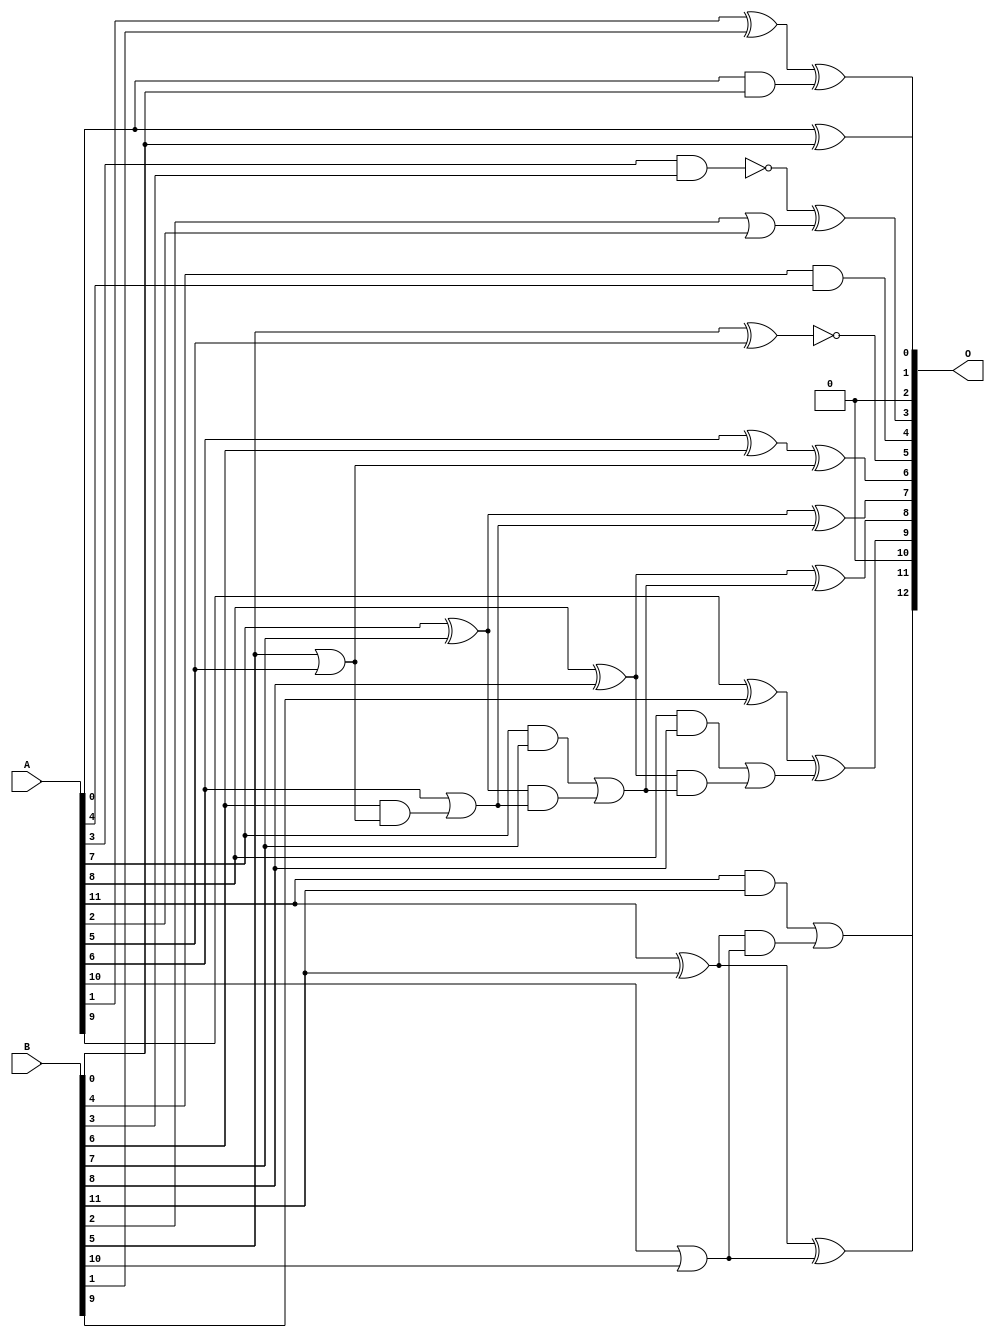
/***
* This code is a part of EvoApproxLib library (ehw.fit.vutbr.cz/approxlib) distributed under The MIT License.
* When used, please cite the following article(s):  
* This file contains a circuit from a sub-set of pareto optimal circuits with respect to the pwr and ep parameters
***/
// MAE% = 6.35 %
// MAE = 520 
// WCE% = 14.55 %
// WCE = 1192 
// WCRE% = 4000.00 %
// EP% = 89.56 %
// MRE% = 16.19 %
// MSE = 524173 
// PDK45_PWR = 0.033 mW
// PDK45_AREA = 92.5 um2
// PDK45_DELAY = 0.45 ns


module add12u_054(A, B, O);
  input [11:0] A, B;
  output [12:0] O;
  wire sig_25, sig_26, sig_35, sig_36, sig_50, sig_51;
  wire sig_53, sig_55, sig_56, sig_57, sig_58, sig_60;
  wire sig_61, sig_62, sig_63, sig_65, sig_66, sig_72;
  wire sig_75, sig_76, sig_77, sig_78;
  assign sig_25 = A[0] & B[0];
  assign sig_26 = A[1] ^ B[1];
  assign O[4] = B[4] & A[4];
  assign O[1] = sig_26 ^ sig_25;
  assign O[2] = 1'b0;
  assign sig_35 = B[2] | A[2];
  assign sig_36 = !(A[3] & B[3]);
  assign O[3] = sig_36 ^ sig_35;
  assign O[5] = !(B[5] ^ A[5]);
  assign sig_50 = B[5] | A[5];
  assign sig_51 = A[6] ^ B[6];
  assign sig_53 = B[6] & sig_50;
  assign O[6] = sig_51 ^ sig_50;
  assign sig_55 = A[6] | sig_53;
  assign sig_56 = A[7] ^ B[7];
  assign sig_57 = A[7] & B[7];
  assign sig_58 = sig_56 & sig_55;
  assign O[7] = sig_56 ^ sig_55;
  assign sig_60 = sig_57 | sig_58;
  assign sig_61 = A[8] ^ B[8];
  assign sig_62 = A[8] & B[8];
  assign sig_63 = sig_61 & sig_60;
  assign O[8] = sig_61 ^ sig_60;
  assign sig_65 = sig_62 | sig_63;
  assign sig_66 = A[9] ^ B[9];
  assign O[0] = A[0] ^ B[0];
  assign O[9] = sig_66 ^ sig_65;
  assign O[10] = 1'b0;
  assign sig_72 = A[10] | B[10];
  assign sig_75 = sig_72;
  assign sig_76 = A[11] ^ B[11];
  assign sig_77 = A[11] & B[11];
  assign sig_78 = sig_76 & sig_75;
  assign O[11] = sig_76 ^ sig_75;
  assign O[12] = sig_77 | sig_78;
endmodule